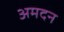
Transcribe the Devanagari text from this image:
अमदन